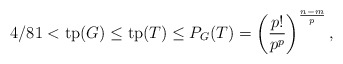
\begin{align*}4/81 < \mathrm{tp}(G) \leq \mathrm{tp}(T) \leq P_G(T) = \left(\frac{p!}{p^p}\right)^{\frac{n-m}{p}},\end{align*}